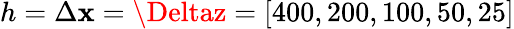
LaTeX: h=\Delta\mathbf{x}=\Deltaz=[400,200,100,50,25]